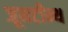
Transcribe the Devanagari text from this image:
जूनटीन्थ